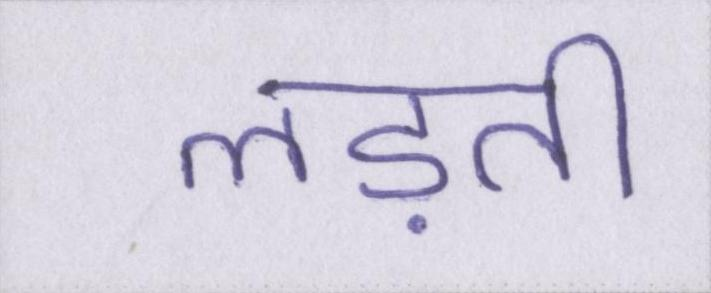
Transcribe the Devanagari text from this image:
लड़ती